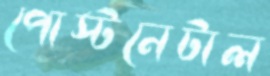
পোস্টনেটাল